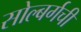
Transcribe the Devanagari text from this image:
सोल्बर्गची